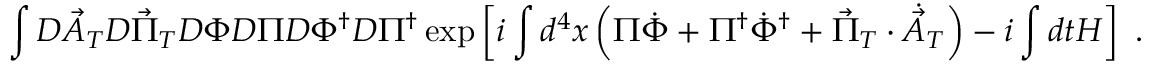
\int { \cal D } { \vec { A } } _ { T } { \cal D } { \vec { \Pi } } _ { T } { \cal D } \Phi { \cal D } \Pi { \cal D } \Phi ^ { \dagger } { \cal D } \Pi ^ { \dagger } \exp \left[ i \int d ^ { 4 } x \left( \Pi \dot { \Phi } + \Pi ^ { \dagger } \dot { \Phi } ^ { \dagger } + { \vec { \Pi } } _ { T } \cdot \dot { { \vec { A } } } _ { T } \right) - i \int d t H \right] ~ .